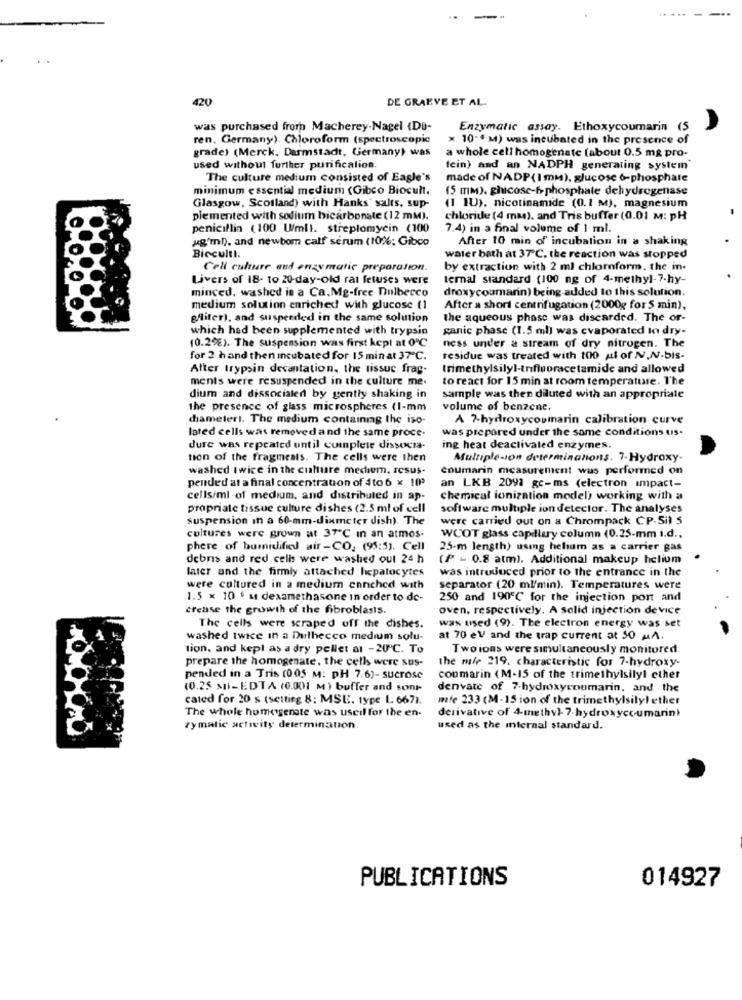
420
DE GRAEVE ET AL.
was purchased from Macherey.Nagel {DO-
Enzymatic assay. Ethoxycoumarin (5
ren, Germany). Chloroform (spectroscopic
x 10 -* M) was incubated in the presence of
grade) (Merck. Darmstadt, Germany) was
a whole cell homogenate (about 0.5 mg pro-
used without further purification.
fein) and an NADPH generating system
The culture medium consisted of Eagle's
made of NADP( I mm), glucose 6-phosphate
minimum essential medium (Gibco Biocult,
(5 mm). glucose-6-phosphate dehydrogenase
Glasgow, Scotland) with Hanks' salts, sup-
(1 1U), nicotinamide (0. 2 M), magnesium
plemented with sodium bicarbonate (12 mm).
chloride (4 ma), and Tris buffer (0.01 M: pH
penicillin (100 Uml). streptomycin (100
7.4) in a final volume of 1 ml.
ugm). and newbom calf serum (10%; Gibco
After 10 min of incubation in a shaking
Bicculti.
water bath at 37℃. the reaction was stopped
Cell culture and enzymatic preparation.
by extraction with 2 ml chloroform, the in.
Livers of 18- to 20-day-old rat fetuses were
temal standard (100 ng of 4-methyl-7-hy-
minced, washed in a Ca. Mg-free Dulbecco
droxycoumarin) being added to this solution.
medium solution enriched with glucose (1
After a short centrifugation (2000g for 5 min),
gfliter), and suspended in the same solution
the aqueous phase was discarded. The or-
which had been supplemented with trypsin
ganic phase (1.5 ml) was evaporated to dry-
(0.2%). The suspension was first kept at 0℃
ness under a stream of dry nitrogen. The
for 2 hand then incubated for 15 min at 37℃.
residue was treated with 100 al of NV.NV-bis-
After trypsin decantation, the tissue frag-
trimethylsilyl-trifluoracetamide and allowed
menis were resuspended in the culture me.
to react for 15 min at room temperature. l'he
dium and dissocialed by gently shaking in
sample was then diluted with an appropriate
the presence of glass microspheres (1-mm
volume of benzene.
diameterl. The medium containmg the iso-
A 7-hydroxycoumarin calibration curve
lated cells was removed and the same proce-
was prepared under the same conditions us.
dure was repeated until complete dissocia-
ing heat deactivated enzymes.
tion of the fragments. The cells were then
Multiple-ion determinations. 7-Hydroxy-
washed twice in the culture medium, resus-
coumarin measurement was performed on
pended at a final concentration of 4to 6 x 193
an LKB 2091 gc-ms (electron impact-
cells/ml of medium, and distributed in ap-
chemical ionization model) working with a
propriate tissue culture dishes (2.5 ml of cell
software multiple ion detector. The analyses
suspension in a 60-mm-diameter dish). The
were carried out on a Chrompack CP-Sil 5
cultures were grown at 37℃ in an atmos-
WCOT glass capillary column (0.25-mm i.d ..
phere of bumidified air-CO; (95:5). Cell
25-m length) using helium as a carrier gas
debris and red cells were washed out 24 h
(P = 0.8 atm). Additional makeup helium
later and the firmly attached hepatocytes
was introduced prior to the entrance in the
were cultured in a medium ennched with
separator (20 ml/min). Temperatures were
1.5 x 10 + u dexamethasone in order to de-
250 and 190℃ for the injection port and
crease the growth of the fibroblasts.
oven, respectively. A solid injection device
The cells were scraped off the dishes.
was used (9). The electron energy was set
washed twice in a Dulbecco medium solu-
at 70 eV and the trap current at 50 MA.
tion, and kepl as a dry pellet al -20℃. To
Twoions were simultaneously monitored:
prepare the homogenate, the cells were sus-
the mife 219. characteristic for 7-hydroxy-
pended in a Tris (0.05 M: PH 7.6)-sucrose
conmarin (M-15 of the trimethylsilyl ether
(0.25 MI-EDTA (6.001 M) buffer and soni-
denvate of 7-hydroxycoumarin, and the
cated for 20 s (setting 8: MSE. type L 667).
mfe 233 (M-15 ion of the trimethylsilyl ether
The whole homogenste was usedl for the en-
derivative of 4-methyl- 7-hydroxycoumarin
zymalic activity determination.
used as the internal standard.
PUBLICATIONS
014927